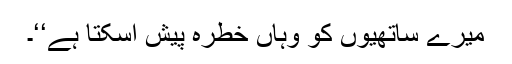
میرے ساتھیوں کو وہاں خطرہ پیش آسکتا ہے‘‘۔